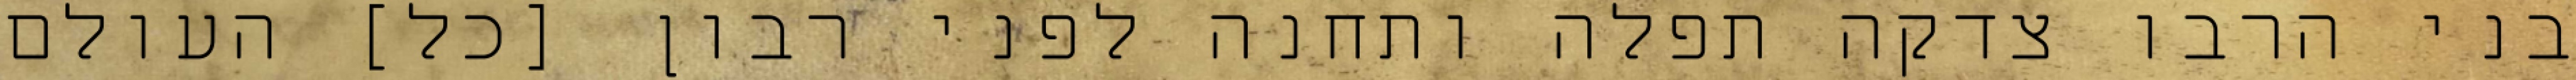
בני הרבו צדקה תפלה ותחנה לפני רבון [כל] העולם